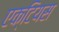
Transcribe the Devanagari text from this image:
एक्टियस